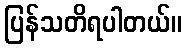
ပြန်သတိရပါတယ်။